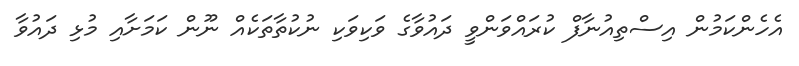
އެހެންކަމުން އިސްތިއުނާފް ކުރައްވަންވީ ދައުވާގެ ވަކިވަކި ނުކުތާތަކެއް ނޫން ކަމަށާއި މުޅި ދައުވާ